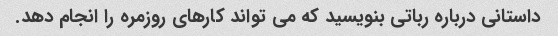
داستانی درباره رباتی بنویسید که می تواند کارهای روزمره را انجام دهد.